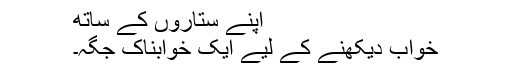
اپنے ستاروں کے ساتھ
خواب دیکھنے کے لیے ایک خوابناک جگہ۔